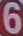
6